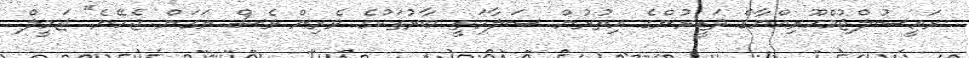
ރައީސުލްޖުމްހޫރިއްޔާގެ ވަޒީރުންގެ އިތުރުން ސަލާމަތީ ބާރުތަކުގެ ވެރިން ވެސް ނަގަން ޖެހޭނެ" ޖަމީލް